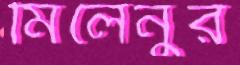
মিলেনুর